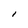
Character: I